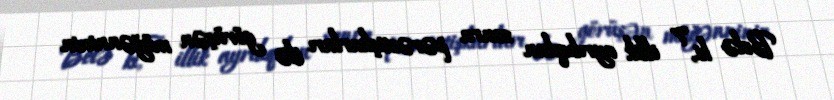
Belə ki, 7 illik ayrılıqdan sonra pərəstişkarları ilə görüşən müğənninin